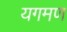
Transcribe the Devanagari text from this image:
यगमण